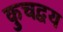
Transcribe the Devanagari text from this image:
कुचद्वय